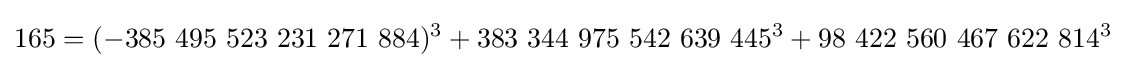
165=(-385\ 495\ 523\ 231\ 271\ 884)^{3}+383\ 344\ 975\ 542\ 639\ 445^{3}+98\ 422\ 560\ 467\ 622\ 814^{3}